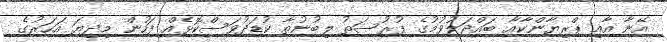
އޭނާ އާއި ޕްރިޔާންކާއާ ބައްދަލުވުމުގެ ފުރުސަތު ލިބުނުތާ ކުޑަދުވަސްކޮޅެއް ފަހުން މިދިޔަ އަހަރުގެ